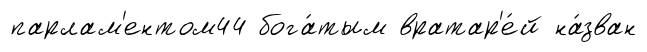
парлам'ентом44 бога́тым вратар'е́й на́зван